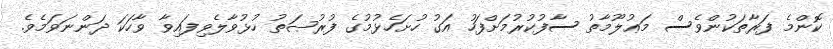
ކޮންމެ ފަރާތަކުންވެސް މަޢުލޫމާތު ސާފުކުރުމަށްފަހު އަގު ހުށަހެޅުމުގެ ފުރުޞަތު ހުޅުވާލެވިފައިވާ ވާހަކަ ދަންނަވަމެވެ.